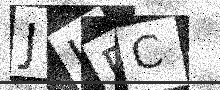
Text: JLPC